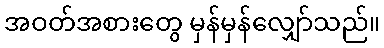
အဝတ်အစားတွေ မှန်မှန်လျှော်သည်။